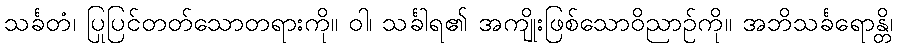
သင်္ခတံ၊ ပြုပြင်တတ်သောတရားကို။ ဝါ၊ သင်္ခါရ၏ အကျိုးဖြစ်သောဝိညာဉ်ကို။ အဘိသင်္ခရောန္တိ၊